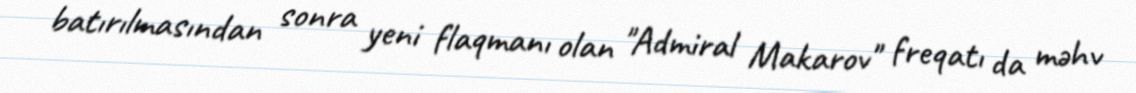
batırılmasından sonra yeni flaqmanı olan "Admiral Makarov" freqatı da məhv